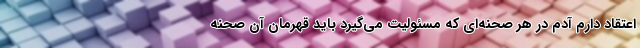
اعتقاد دارم آدم در هر صحنه‌ای که مسئولیت می‌گیرد باید قهرمان آن صحنه